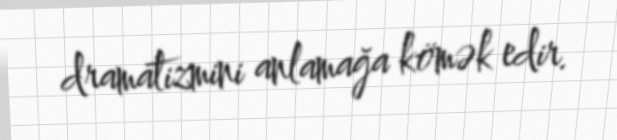
dramatizmini anlamağa kömək edir.